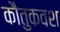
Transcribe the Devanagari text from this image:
कौतुकवश